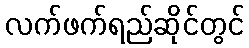
လက်ဖက်ရည်ဆိုင်တွင်